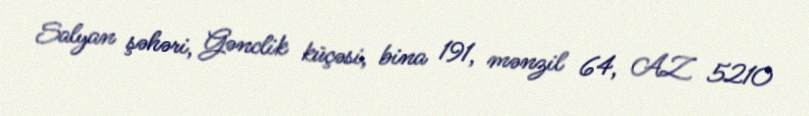
Salyan şəhəri, Gənclik küçəsi, bina 191, mənzil 64, AZ 5210